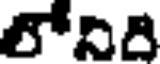
లోనిది